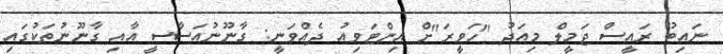
ނައިބު ރައީސް ޖަމީލް މިއަދު "ހަވީރަ"ށް އިންޓަވިއު ދެއްވަނީ: ގާނޫނުއަސާސީ އާއި ގާނޫނުތަކުގައި